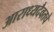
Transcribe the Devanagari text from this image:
आराध्यदैवतचे